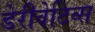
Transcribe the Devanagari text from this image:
डेरीवेटिव्स